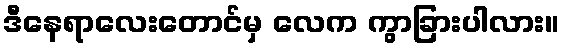
ဒီနေရာလေးတောင်မှ လေက ကွာခြားပါလား။